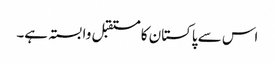
اس سے پاکستان کا مستقبل وابستہ ہے۔